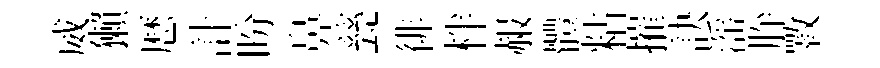
威獺厯計盼鼻甆徘柈赧體粘摧訣滛肸斁